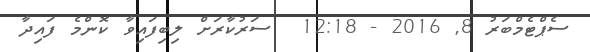
ސެޕްޓެމްބަރު 8